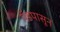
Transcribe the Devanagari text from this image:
पॅडपासून